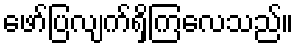
ဖော်ပြလျက်ရှိကြလေသည်။